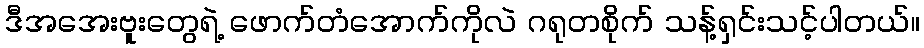
ဒီအအေးဗူးတွေရဲ့ ဖောက်တံအောက်ကိုလဲ ဂရုတစိုက် သန့်ရှင်းသင့်ပါတယ်။